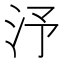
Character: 汿